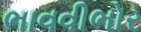
ભાવવીભોર